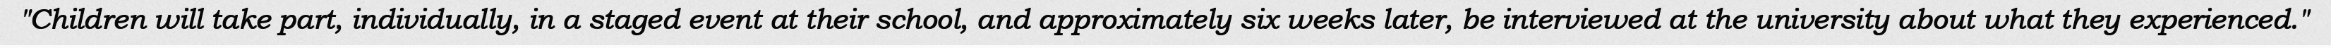
"Children will take part, individually, in a staged event at their school, and approximately six weeks later, be interviewed at the university about what they experienced."